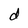
Character: d